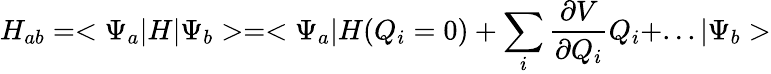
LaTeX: H_{ab}=<\Psi_{a}|H|\Psi_{b}>=<\Psi_{a}|H(Q_{i}=0)+\sum_{i}{\frac{\partial V}{\partial Q_{i}}}Q_{i}+...|\Psi_{b}>